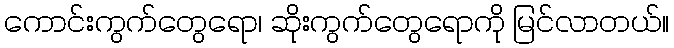
ကောင်းကွက်တွေရော၊ ဆိုးကွက်တွေရောကို မြင်လာတယ်။